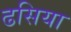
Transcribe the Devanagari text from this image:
ढसिया